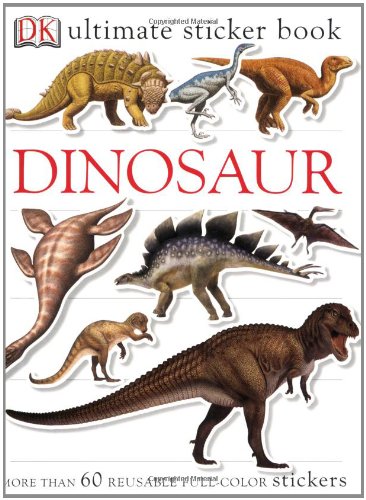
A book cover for Ultimate Sticker Book: Dinosaur (Ultimate Sticker Books); DK Publishing; Children's Books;